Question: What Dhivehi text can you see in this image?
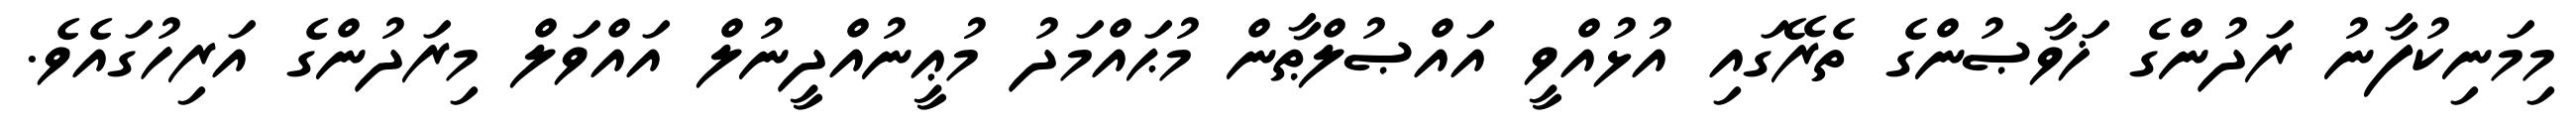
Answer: މިމަނިކުފާނު ރަދުންގެ ޚަވާޞުންގެ ތެރޭގައި އުޅުއްވީ އައްޞުލްޠާން މުޙައްމަދު މުޢީނުއްދީނުލް އައްވަލް މިރަދުންގެ އަރިހުގައެވެ.